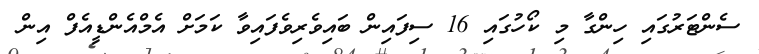
ސެންޓަރުގައި ހިންގާ މި ކޯހުގައި 16 ސިފައިން ބައިވެރިވެފައިވާ ކަމަށް އެމްއެންޑީއެފް އިން